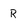
Character: R